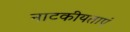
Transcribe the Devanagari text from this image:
नाटकीयताएं